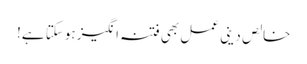
خالص دینی عمل بھی فتنہ انگیز ہوسکتا ہے!